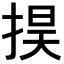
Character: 𢮚